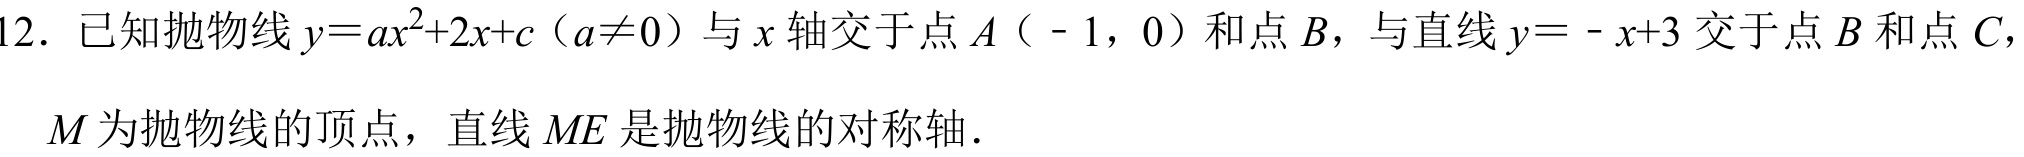
12. 已知抛物线\(y = ax^{2}+2x + c（a\neq0）\)与\(x\)轴交于点\(A（ - 1,0）\)和点\(B\)，与直线\(y = - x + 3\)交于点\(B\)和点\(C\)，
\(M\)为抛物线的顶点，直线\(ME\)是抛物线的对称轴.